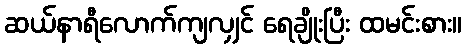
ဆယ်နာရီလောက်ကျလျှင် ရေချိုးပြီး ထမင်းစား။